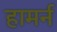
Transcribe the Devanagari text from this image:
हामर्न